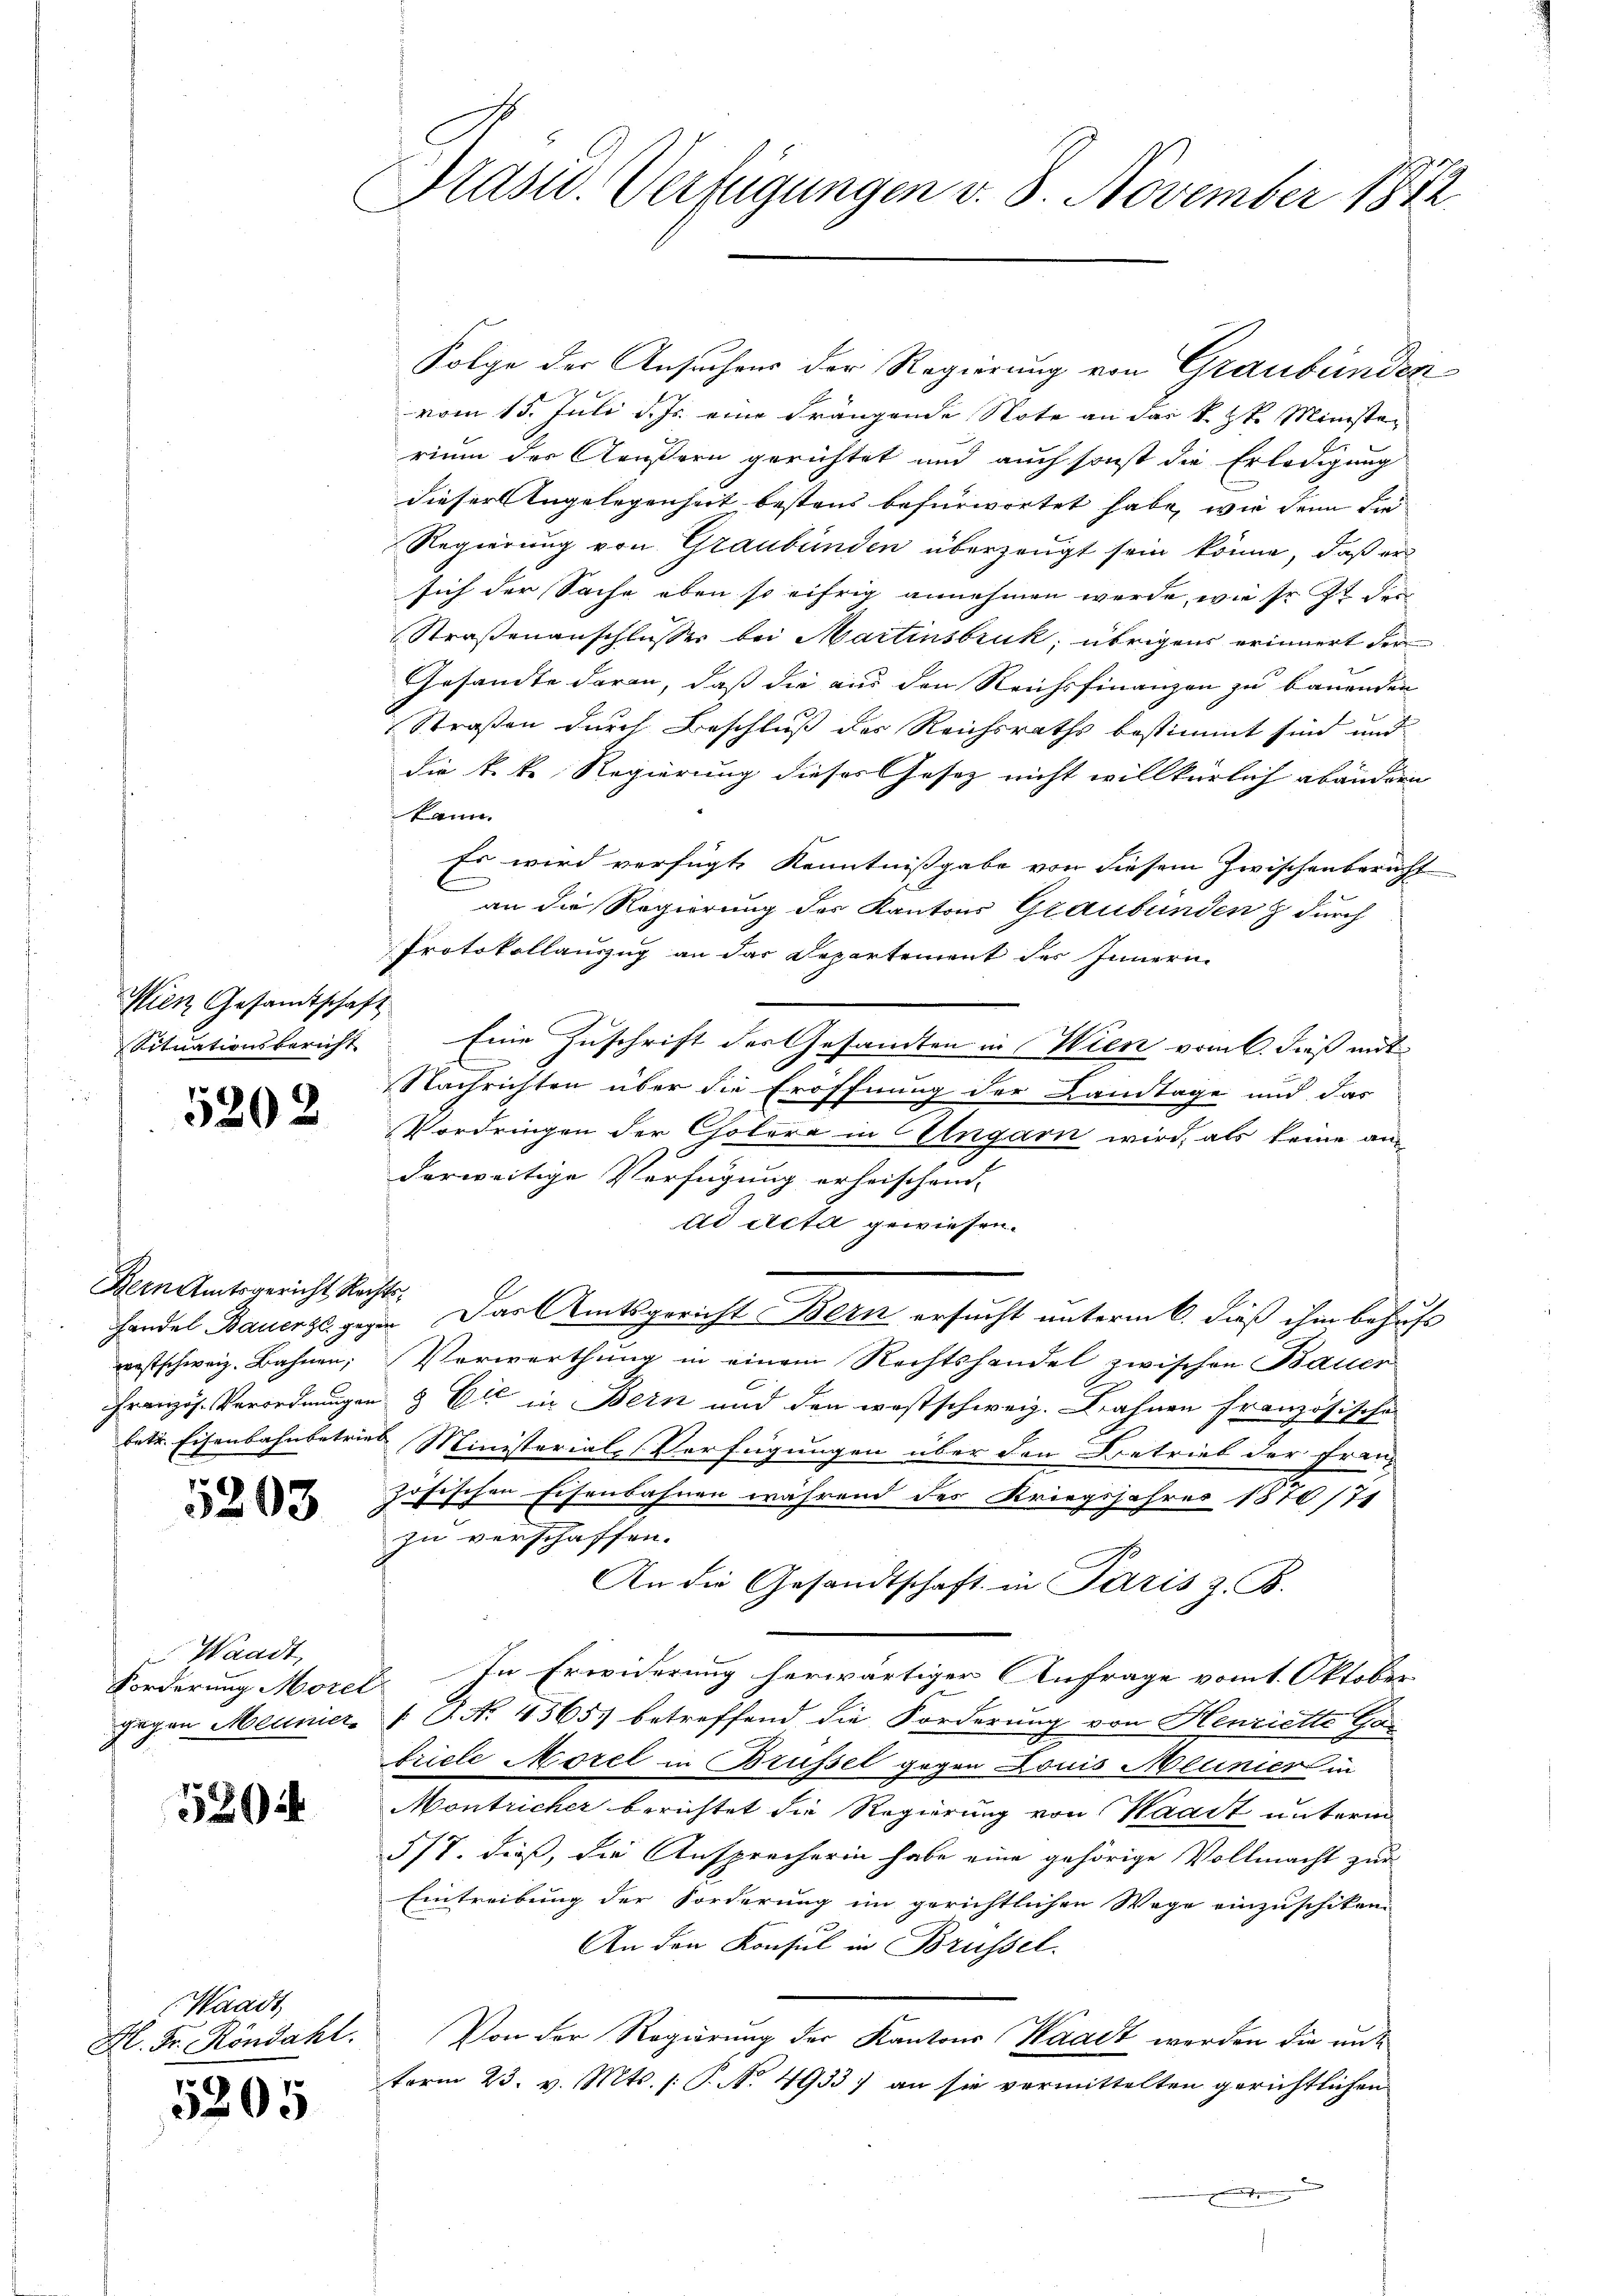
Wien Gesandtschaft
Situationsbericht

5202

Bern Amtsgericht Rechtsprestschweiz. Bahnen;

5203

Waadt,
Forderung Morel

520

Waadt
Hl. Fr. Köndahl.

5205

Präsid. Verfügungen v. 8. November 1872
e

Folge der Ansuchens der Regierung von Graubünden
vom 15. Juli d. Js. eine Frängende Note an das k. St. Ministen
rium der Aeußern gerichtet und auch sonst die Erledigung
dieser Angelegenheit bestens befürwortet habe, wie dann die
Regierung von Graubünden überzeugt sein könne, daß er
sich der Sache eben so eifrig annehmen werde, wie sr. Zt. der
Straßenanschlusser bei Martinsbruk, übrigens erinnert der
Gesandte daran, daß die aus den Reichsfinanzen zu bauenden
Straßen durch Beschluß der Reichsraths bestimmt sind und
die k.k. Regierung dieses Gesetz nicht willkürlich abänderen
kann.
Es wird verfügt, Kenntnißgabe von diesem Zwischenbericht
an die Regierung der Kantons Graubünden & durch
Protokollauszug an das Departement des Innern
Eine Zuschrift der Gesandten in Wien vom 6. dieß mit
e
Nachrichten über die Eröffnung der Landtage und das
Vordringen der Cholera in Ungarn wird, als keine an
derweitige Verfügung erheischend. |
dd Acta gewiesen.
handel Bauerge gegen. Das Amtsgericht Bern ersucht unterm 6. dieß ihm behufs
Verwerthung in einem Rechtshandel zwischen Bauer
Französ. Verordnungen & Cie in Bern und den westschweiz. Brahnen französische
betr. Eisenbahnbetrieb Ministerial-Verfügungen über den Betrieb der Frau-
zösischen Eisenbahnen während des Kriegsjahres 1870/71
zu verschaffen.
An die Gesandtschaft in Paris z. B.
In Erwiderung herwärtiger Anfrage vom 1. Oktober
gegen Meunier f P. Nr. 4565 betreffend die Forderung von Henriette Ga
triele Morel in Brüssel gegen Louis Melinier in
Montricher berichtet die Regierung von Waadt untern
5/7. dieß, die Ansprecherin habe eine gehörige Vollmacht zur
Eintreibung der Forderung im gerichtlichen Wege einzuschiken.
An den Konsul in Brüssel.
Von der Regierung der Kantons Waadt werden die mit
term 23. v. Mts. (: P. No. 4933) an sie vermittelten gerichtlichen
e